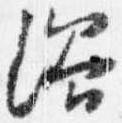
浴